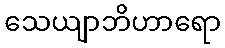
သေယျာဘိဟာရော